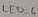
Text: LED_6